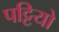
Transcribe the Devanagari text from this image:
पट्टियो